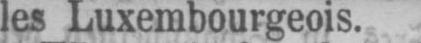
les Luxembourgeois.